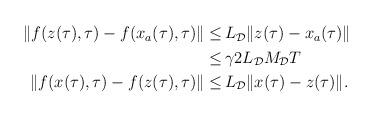
LaTeX: \begin{align*}\begin{aligned}\|f(z(\tau),\tau)-f(x_a(\tau),\tau)\| \le&\, L_\mathcal{D}\|z(\tau)-x_a(\tau)\| \\\le &\,\gamma 2 L_\mathcal{D} M_\mathcal{D} T\\\|f(x(\tau),\tau)-f(z(\tau),\tau)\| \le&\, L_\mathcal{D}\|x(\tau)-z(\tau)\|.\end{aligned}\end{align*}